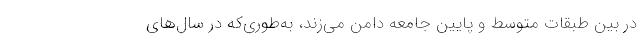
در بین طبقات متوسط و پایین جامعه دامن می‌زند، به‌طوری‌که در سال‌های